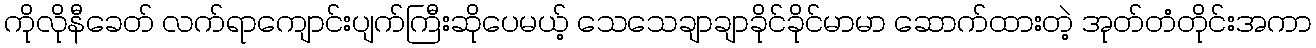
ကိုလိုနီခေတ် လက်ရာကျောင်းပျက်ကြီးဆိုပေမယ့် သေသေချာချာခိုင်ခိုင်မာမာ ဆောက်ထားတဲ့ အုတ်တံတိုင်းအကာ